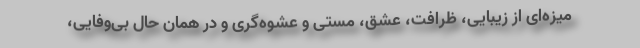
میزه‌ای از زیبایی، ظرافت، عشق، مستی و عشوه‌گری و در همان حال بی‌وفایی،